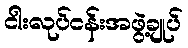
ငါးလုပ်ငန်းအဖွဲ့ချုပ်